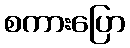
စကားပြော